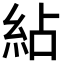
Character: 𥿕